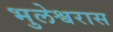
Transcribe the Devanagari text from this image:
भुलेश्वरास